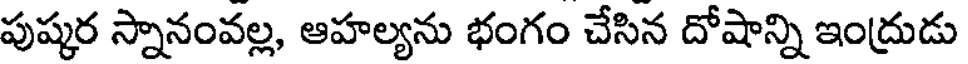
పుష్కర స్నానంవల్ల, ఆహల్యను భంగం చేసిన దోషాన్ని ఇంద్రుడు